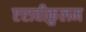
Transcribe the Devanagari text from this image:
एरावीकुलम